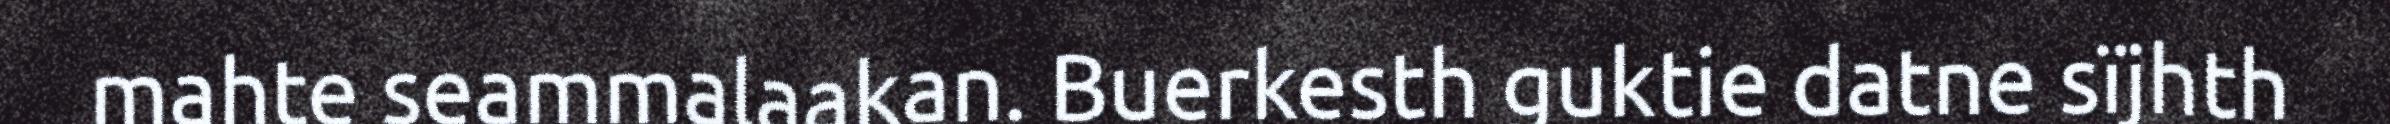
mahte seammalaakan. Buerkesth guktie datne sïjhth